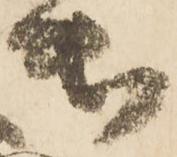
出